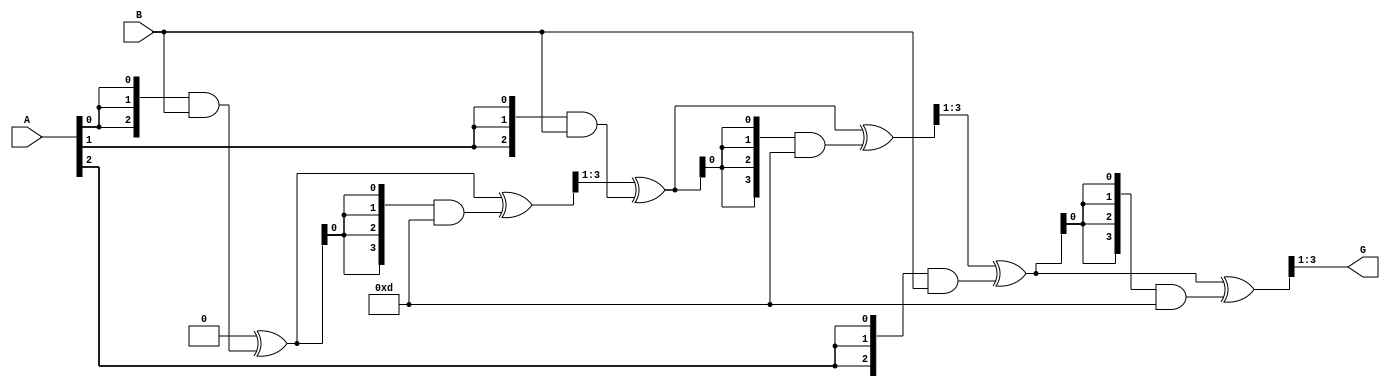
`timescale 1ns / 1ps
//////////////////////////////////////////////////////////////////////////////////
// Company: 
// Engineer: 
// 
// Design Name: 
// Module Name: MRMult
// Project Name: 
// Target Devices: 
// Tool Versions: 
// Description: 
// 
// Dependencies: 
// 
// Revision:
// Revision 0.01 - File Created
// Additional Comments:
// 
//////////////////////////////////////////////////////////////////////////////////


module MR_block(
    input [2:0] A,
    input [2:0] B,
    output [2:0] G
    );

    reg [3:0] G_temp;
    wire [3:0] P_x;
    assign P_x = 4'b1101; //A3 + A2 + 1
    
    always @* begin
    //unrolling loop from 0 to k-1 = 2
    // i = 0
    G_temp = 0;
    G_temp =  G_temp ^ ({3{A[0]}} & B);
    G_temp = G_temp ^ ({4{G_temp[0]}} & P_x);
    G_temp = G_temp >> 1;

    // i = 1
    G_temp =  G_temp ^ ({3{A[1]}} & B);
    G_temp = G_temp ^ ({4{G_temp[0]}} & P_x);
    G_temp = G_temp >> 1;

    // i = 2
    G_temp =  G_temp ^ ({3{A[2]}} & B);
    G_temp = G_temp ^ ({4{G_temp[0]}} & P_x);
    G_temp = G_temp >> 1;
end

assign G = G_temp[2:0];


endmodule